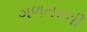
ગળતરની